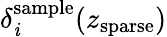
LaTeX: \delta_{\mathit{i}}^{\mathrm{{sample}}}(z_{\mathrm{{sparse}}})